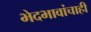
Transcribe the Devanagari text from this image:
भेदभावांचाही